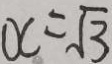
x = \sqrt { 3 }